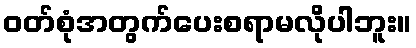
ဝတ်စုံအတွက်ပေးစရာမလိုပါဘူး။